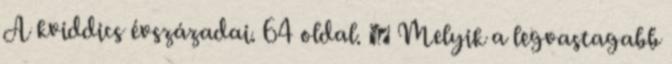
A kviddics évszázadai. 64 oldal. ➤ Melyik a legvastagabb